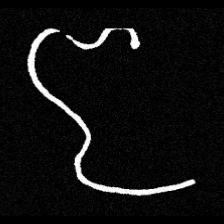
Pyu character \u2014 Myanmar letter: ဇ (romanized: ja)